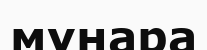
мүнара